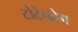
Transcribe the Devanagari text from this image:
टोटेनहेम